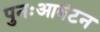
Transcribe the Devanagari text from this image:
पुनःआवंटन